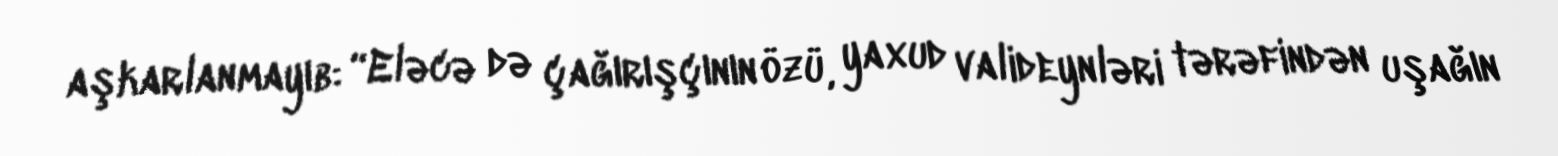
aşkarlanmayıb: “Eləcə də çağırışçının özü, yaxud valideynləri tərəfindən uşağın